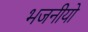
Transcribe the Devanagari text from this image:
भजनीयो